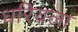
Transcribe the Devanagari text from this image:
धरियला